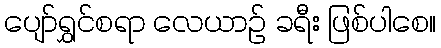
ပျော်ရွှင်စရာ လေယာဉ် ခရီး ဖြစ်ပါစေ။